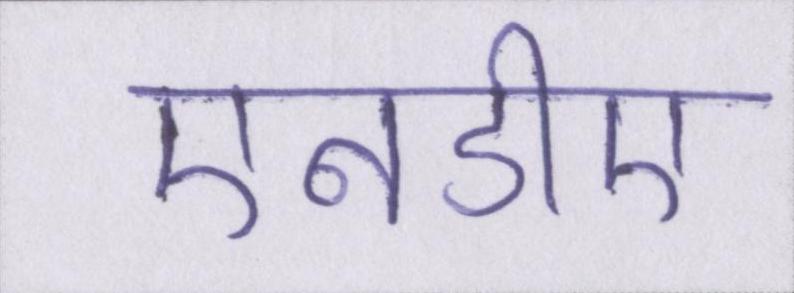
एनडीए